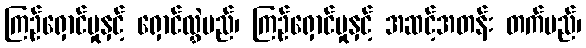
ကြဉ်ရှောင်မှုနှင့် ရှောင်လွှဲမည်၊ ကြဉ်ရှောင်မှုနှင့် အဆင့်အတန်း တက်မည်၊